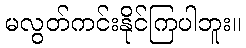
မလွတ်ကင်းနိုင်ကြပါဘူး။